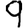
Digit: 9